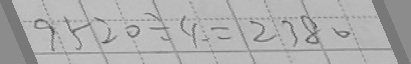
9 5 2 0 \div 4 = 2 3 8 0